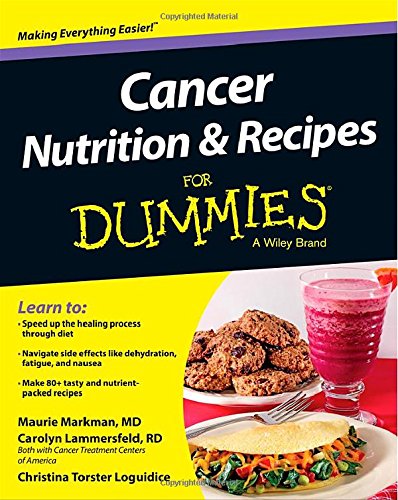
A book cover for Cancer Nutrition and Recipes For Dummies; Christina T. Loguidice; Cookbooks, Food & Wine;